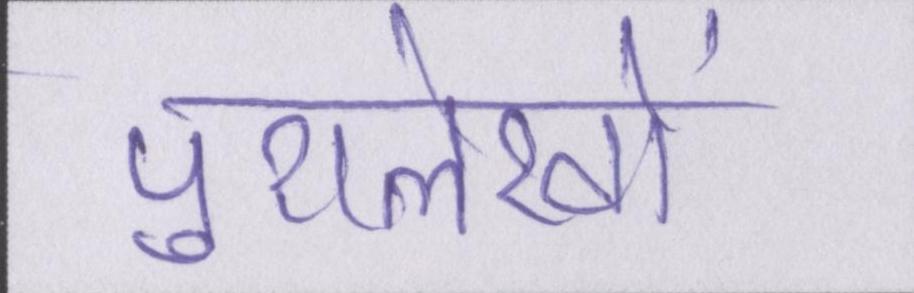
पुरालेखों